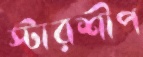
স্টারশীপ